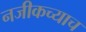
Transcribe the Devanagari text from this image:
नजीकच्याच